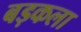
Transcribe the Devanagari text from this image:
बड़कला